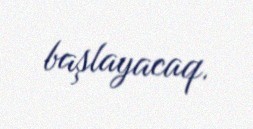
başlayacaq.